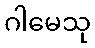
ဂါမေသု